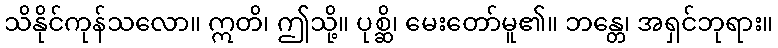
သိနိုင်ကုန်သလော။ ဣတိ၊ ဤသို့။ ပုစ္ဆိ၊ မေးတော်မူ၏။ ဘန္တေ၊ အရှင်ဘုရား။